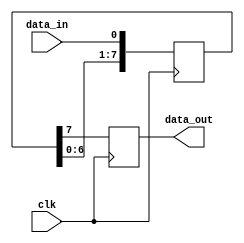
module siso_shift_register (
    input clk,
    input data_in,
    output reg data_out
);

reg [7:0] register;

always @(posedge clk) begin
    register <= {register[6:0], data_in};
    data_out <= register[7];
end

endmodule